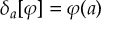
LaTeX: \delta _ { a } [ \varphi ] = \varphi ( a )